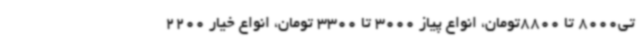
تی8000 تا 8800تومان، انواع پیاز 3000 تا 3300 تومان، انواع خیار 2200